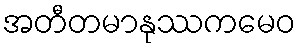
အတီတမာနုဿကမေဝ